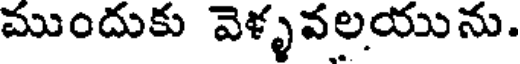
ముందుకు వెళ్ళవలయును.